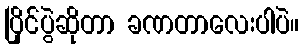
ပြိုင်ပွဲဆိုတာ ခဏတာလေးပါပဲ။